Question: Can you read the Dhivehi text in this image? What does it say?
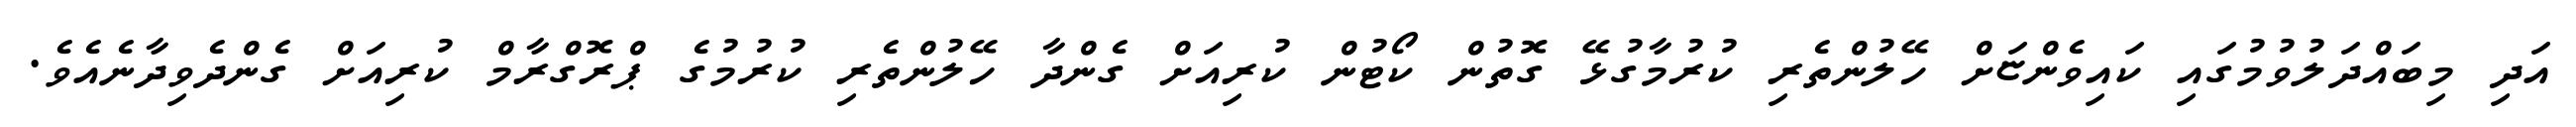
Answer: އަދި މިބައްދަލުވުމުގައި ކައިވެންޏަށް ހޭލުންތެރި ކުރުމާގުޅޭ ގޮތުން ކޯޓުން ކުރިއަށް ގެންދާ ހޭލުންތެރި ކުރުމުގެ ޕްރޮގްރާމް ކުރިއަށް ގެންދެވިދާނެއެވެ.